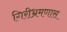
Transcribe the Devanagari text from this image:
गिरीभ्रमणास